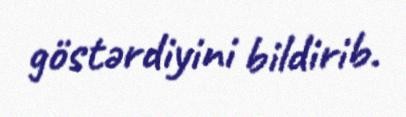
göstərdiyini bildirib.